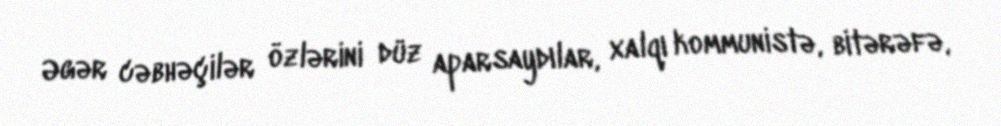
Əgər cəbhəçilər özlərini düz aparsaydılar, xalqı kommunistə, bitərəfə,